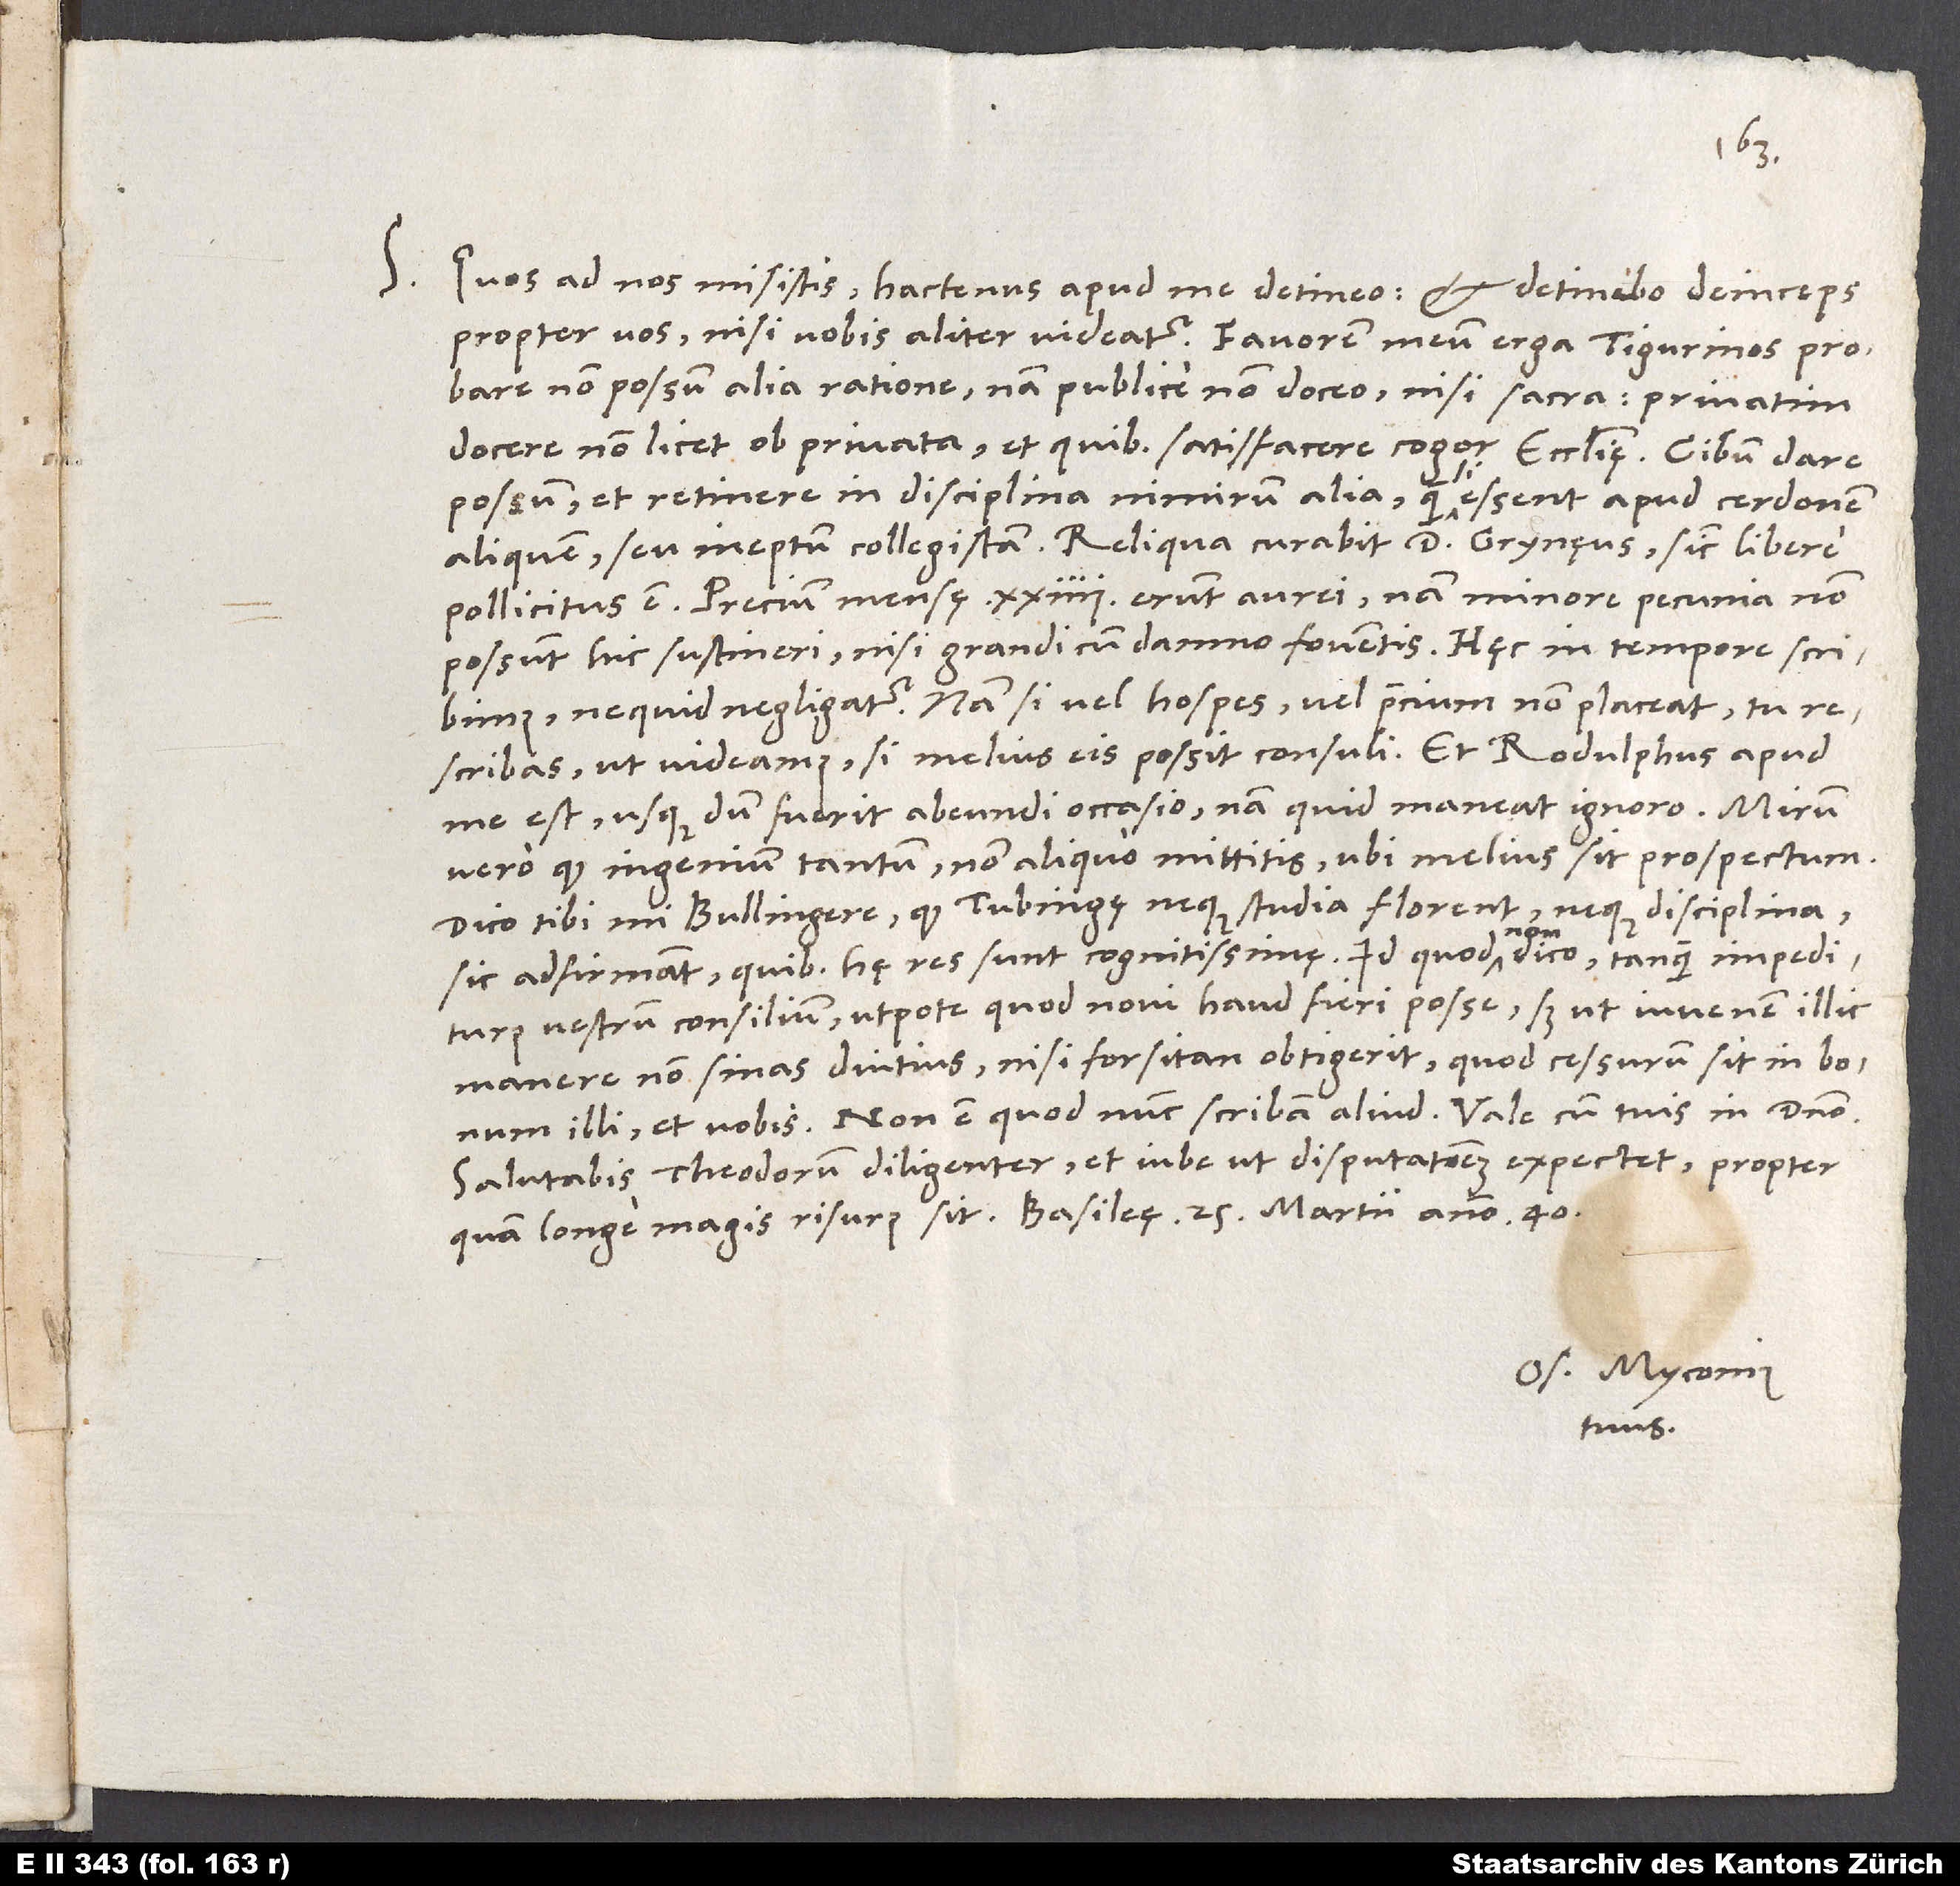
S. Quos ad nos misistis, hactenus apud me detineo et detinebo deinceps
propter vos, nisi vobis aliter videatur. Favorem meum erga Tigurinos probare
non possum alia ratione; nam publice non doceo nisi sacra, privatim
docere non licet ob privata et quibus satisfacere cogor ecclesię. Cibum dare
possum et retinere in disciplina nimirum alia, quam si essent apud cerdonem
aliquem seu ineptum collegistam. Reliqua curabit d. Grynęus, sicut libere
pollicitus est. Precium mensę 24 erunt aurei; nam minore pecunia non
possunt hic sustineri nisi grandi cum damno foventis. Hęc in tempore scribimus,
ne quid negligatur. Nam si vel hospes vel precium non placeat, tu
me est, usque dum fuerit abeundi occasio; nam quid maneat, ignoro. Mirum
vero, quod ingenium tantum non aliquo mittitis, ubi melius sit prospectum.
Dico tibi, mi Bullingere, quod Tubingę neque studia florent neque disciplina;
sic adfirmant, quibus hę res sunt cognitissimę. Id quod non dico tanquam impediturus
vestrum consilium, utpote quod novi haud fieri posse, sed ut iuvenem illic
manere non sinas diutius, nisi forsitan obtigerit, quod cessurum sit in bonum
Salutabis Theodorum diligenter et iube, ut disputationem expectet, propter
Os. Myconius
tuus.